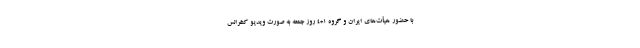
با حضور هیأت‌های ایران و گروه ۱+۴ روز جمعه به صورت ویدیو کنفرانس